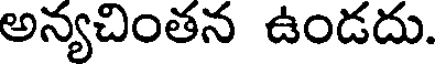
అన్యచింతన ఉండదు.